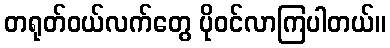
တရုတ်ဝယ်လက်တွေ ပိုဝင်လာကြပါတယ်။